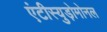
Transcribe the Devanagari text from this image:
एंटीस्युड़ोमोनल